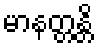
မာနတ္တန္တိ